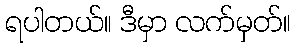
ရပါတယ်။ ဒီမှာ လက်မှတ်။